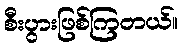
စီးပွားဖြစ်ကြတယ်။